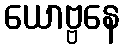
ယောဗ္ဗနေ